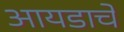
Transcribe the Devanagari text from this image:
आयडाचे